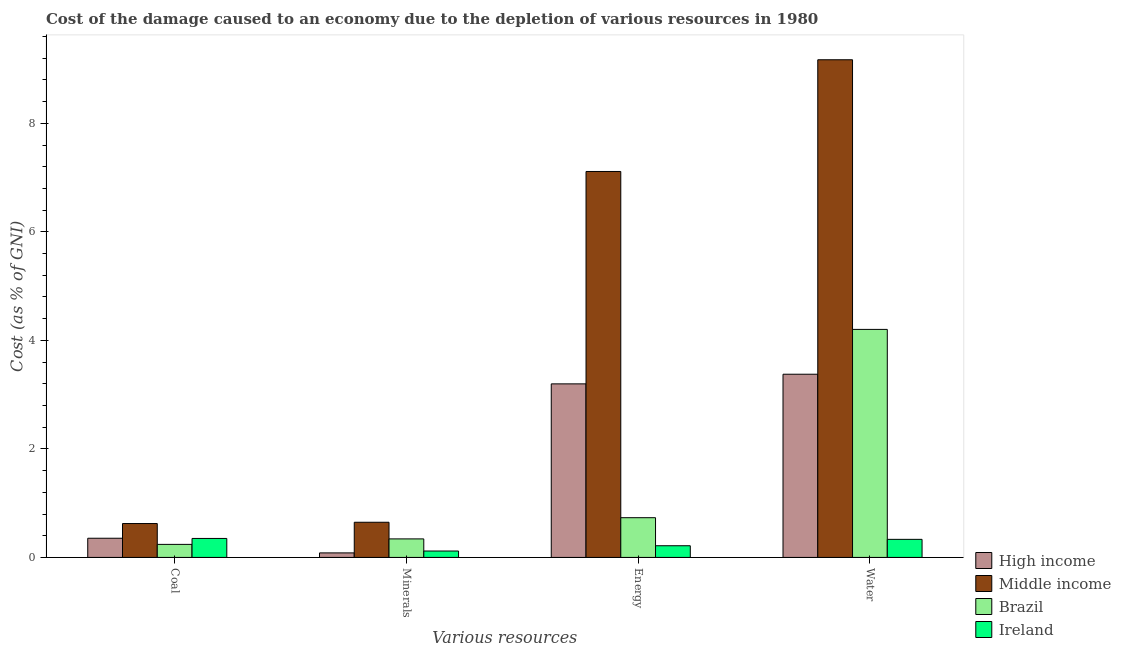
| Various resources | High income | Middle income | Brazil | Ireland |
 | --- | --- | --- | --- | --- |
 | Coal | 0.353 | 0.625 | 0.241 | 0.35 |
 | Minerals | 0.0834 | 0.648 | 0.341 | 0.118 |
 | Energy | 3.2 | 7.11 | 0.732 | 0.215 |
 | Water | 3.38 | 9.17 | 4.2 | 0.333 |